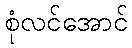
စုံလင်အောင်